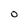
Character: O